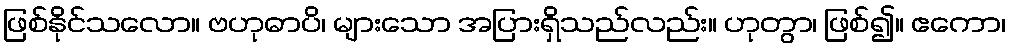
ဖြစ်နိုင်သလော။ ဗဟုဓာပိ၊ များသော အပြားရှိသည်လည်း။ ဟုတွာ၊ ဖြစ်၍။ ဧကော၊